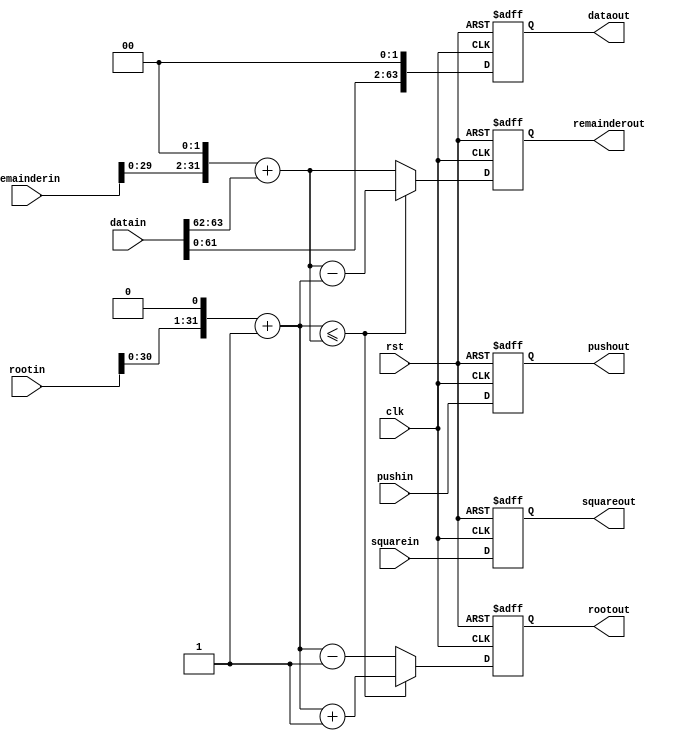
`timescale 1ns/10ps

module sqrt_block (clk, rst, pushin, datain, squarein, rootin, remainderin, pushout, rootout, remainderout, dataout, squareout);

input clk, rst, pushin;
input [63:0] datain, squarein;
input [31:0] rootin, remainderin;
output reg pushout;
output reg [63:0] dataout, squareout;
output reg [31:0] rootout, remainderout;

reg [31:0] _root, _remainder;
reg [63:0] _datain;
always @(*)
  begin
    _root = rootin;
    _root = _root << 1;
    _remainder = ((remainderin<<2)+(datain>>62));
    _datain  = datain << 2;
    _root = _root + 1;
    if(_root <= _remainder)
      begin
        _remainder = _remainder - _root;
        _root = _root + 1;
      end
    else
      begin
        _root = _root - 1;
      end
  end
  
  always @(posedge clk or posedge rst)
begin
  if(rst)
    begin
      dataout      <= #1 0;
      rootout      <= #1 0; 
      pushout      <= #1 0;
      remainderout <= #1 0;
      squareout    <= #1 0;
    end
  else
    begin
      dataout      <= #1 _datain;
      rootout      <= #1 _root;
      pushout      <= #1 pushin;
      remainderout <= #1 _remainder;
      squareout    <= #1 squarein;
      end
end

endmodule